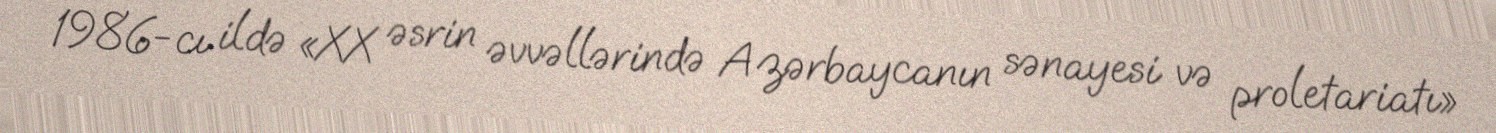
1986-cı ildə «XX əsrin əvvəllərində Azərbaycanın sənayesi və proletariatı»